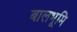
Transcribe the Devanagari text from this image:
बालभूमि